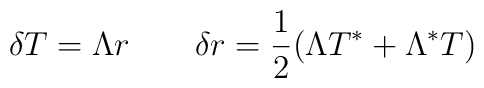
\delta T = \Lambda r  \qquad \delta r ={1\over 2}(  \Lambda T^* +  \Lambda^* T)